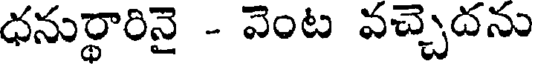
ధనుర్థారినై - వెంట వచ్చెదను